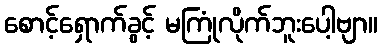
စောင့်ရှောက်ခွင့် မကြုံလိုက်ဘူးပေါ့ဗျာ။